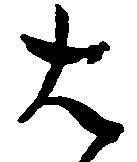
は